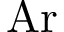
\mathrm { A r }